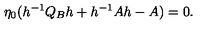
\eta _ { 0 } ( h ^ { - 1 } Q _ { B } h + h ^ { - 1 } A h - A ) = 0 .